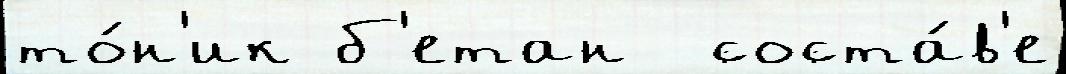
то́н'ик б'етан  соста́в'е